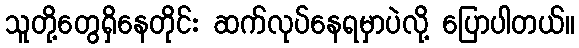
သူတို့တွေရှိနေတိုင်း ဆက်လုပ်နေရမှာပဲလို့ ပြောပါတယ်။